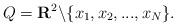
LaTeX: \begin{align*}Q={\bf R}^2\backslash \{x_1,x_2,...,x_N\}.\end{align*}